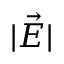
| \vec { E } |